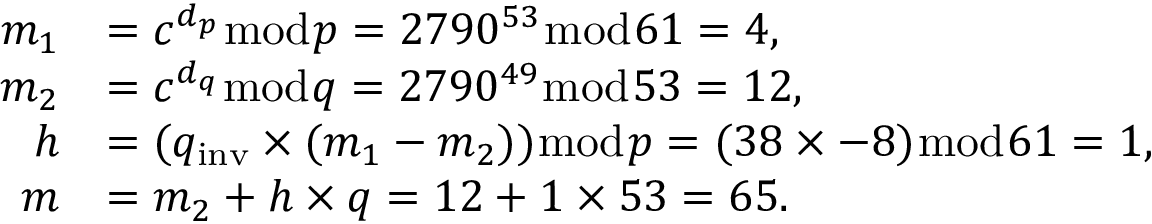
{ \begin{array} { r l } { m _ { 1 } } & { = c ^ { d _ { p } } { \bmod { p } } = 2 7 9 0 ^ { 5 3 } { \bmod { 6 } } 1 = 4 , } \\ { m _ { 2 } } & { = c ^ { d _ { q } } { \bmod { q } } = 2 7 9 0 ^ { 4 9 } { \bmod { 5 } } 3 = 1 2 , } \\ { h } & { = ( q _ { \mathrm { i n v } } \times ( m _ { 1 } - m _ { 2 } ) ) { \bmod { p } } = ( 3 8 \times - 8 ) { \bmod { 6 } } 1 = 1 , } \\ { m } & { = m _ { 2 } + h \times q = 1 2 + 1 \times 5 3 = 6 5 . } \end{array} }